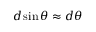
d \sin \theta \approx d \theta